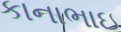
કાનાભાઇ